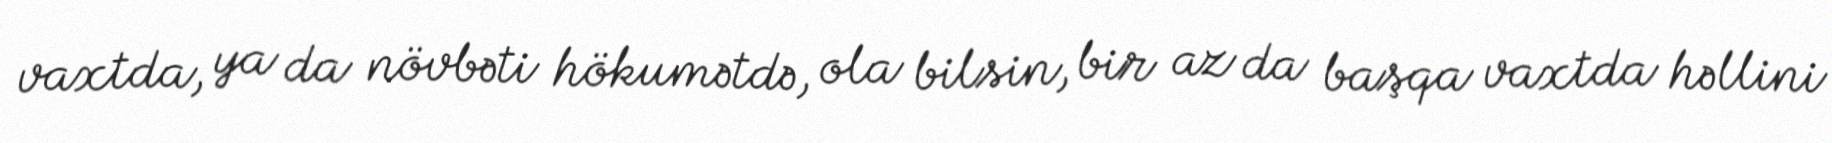
vaxtda, ya da növbəti hökumətdə, ola bilsin, bir az da başqa vaxtda həllini